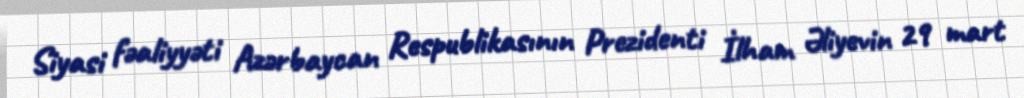
Siyasi fəaliyyəti Azərbaycan Respublikasının Prezidenti İlham Əliyevin 29 mart